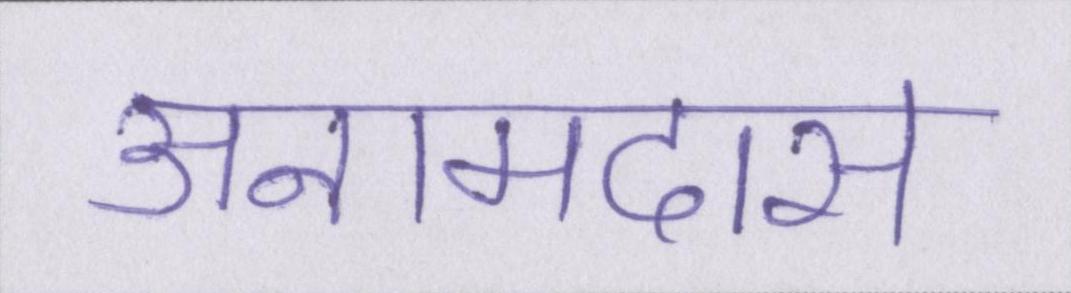
अनामदास